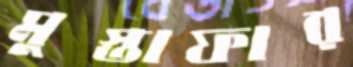
মুস্তাফার